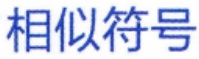
相似符号